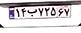
۱۴ب۷۲۵۶۷